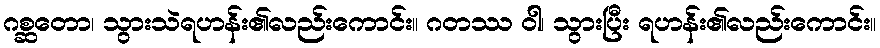
ဂစ္ဆတော၊ သွားသဲရဟန်း၏လည်းကောင်း။ ဂတဿ ဝါ၊ သွားပြီး ရဟန်း၏လည်းကောင်း။